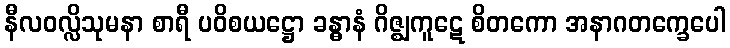
နီလဝလ္လိသုမနာ စာရီ ပဝိစယဋ္ဌော ခန္ဓာနံ ဂိဇ္ဈကူဋေ စိတကော အနာဂတက္ခေပေါ